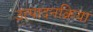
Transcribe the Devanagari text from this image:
उत्पादनक्रिया